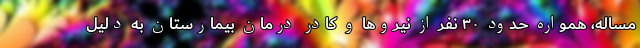
مساله، همواره حدود ۳۰ نفر از نیروها و کادر درمان بیمارستان به دلیل